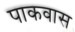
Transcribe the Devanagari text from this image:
पाकवास